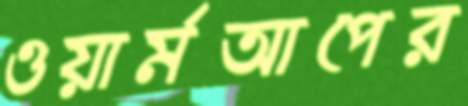
ওয়ার্মআপের